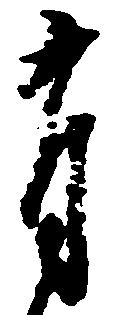
有